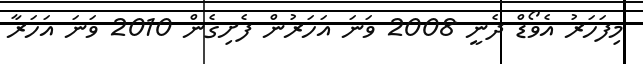
މިފަހަރު އެވޯޑް ދެނީ 2008 ވަނަ އަހަރުން ފެށިގެން 2010 ވަނަ އަހަރާ